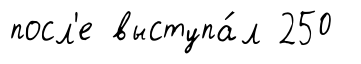
посл'е выступа́л 250